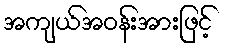
အကျယ်အဝန်းအားဖြင့်